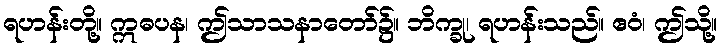
ရဟန်းတို့။ ဣဓပန၊ ဤသာသနာတော်၌။ ဘိက္ခု၊ ရဟန်းသည်။ ဧဝံ၊ ဤသို့။